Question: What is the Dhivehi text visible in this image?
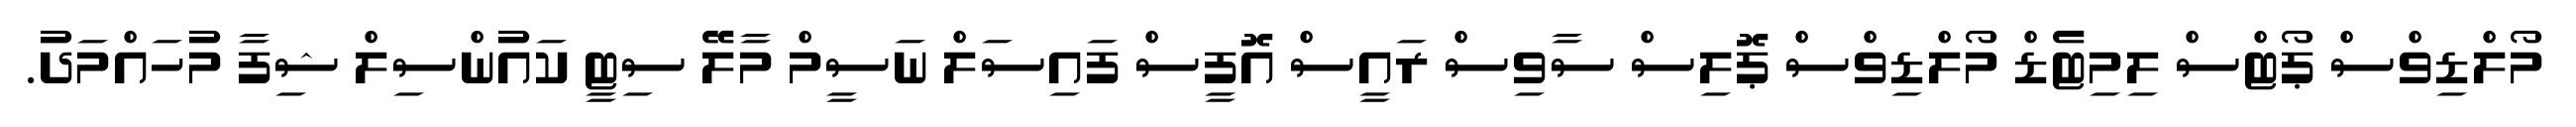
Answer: މޯލްޑިވްސް ޕޯޓްސް ލިމިޓެޑް މޯލްޑިވްސް ޕޮލިސް ސާވިސް ރައީސް އޮފީސް ފައިސަލް ނަސީމް މާލޭ ސިޓީ ކައުންސިލް ޝިފާ މުހައްމަދު.